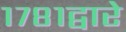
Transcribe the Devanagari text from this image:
१७८१द्वारे